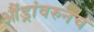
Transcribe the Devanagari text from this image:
औंड्रांवरुनच